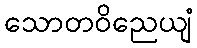
သောတဝိညေယျံ